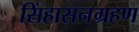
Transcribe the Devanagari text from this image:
सिंहासनग्रहण